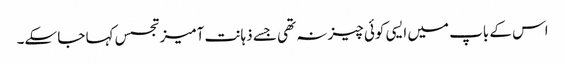
اس کے باپ میں ایسی کوئی چیز نہ تھی جسے ذہانت آمیزتجسس کہا جا سکے۔